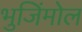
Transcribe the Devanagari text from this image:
भुजिंमोल